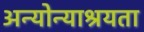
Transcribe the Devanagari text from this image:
अन्योन्याश्रयता